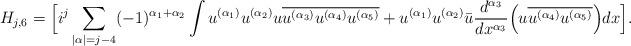
LaTeX: \begin{align*} H_{j,6} = \real \Big[ i^j \sum_{|\alpha|=j-4} (-1)^{\alpha_1+\alpha_2} \int u^{(\alpha_1)} u^{(\alpha_2)} u \overline{ u^{(\alpha_3)} u^{(\alpha_4)} u^{(\alpha_5)} } + u^{(\alpha_1)} u^{(\alpha_2)}\bar u \frac{d^{\alpha_3}}{dx^{\alpha_3}}\Big( u \overline{ u^{(\alpha_4)} u^{(\alpha_5)}} \Big) dx\Big] . \end{align*}